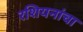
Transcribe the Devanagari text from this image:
रशियनांचा